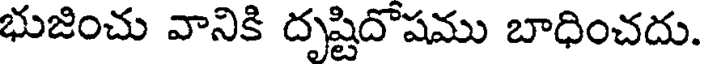
భుజించు వానికి దృష్టిదొషము బాధించదు.